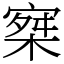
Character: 𡩣